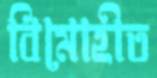
বিমোহীত